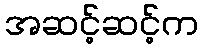
အဆင့်ဆင့်က